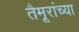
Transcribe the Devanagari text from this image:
तैमूरांच्या